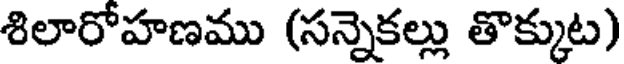
శిలారోహణము (సన్నెకల్లు తొక్కుట)